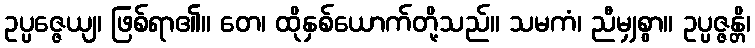
ဥပ္ပဇ္ဇေယျ၊ ဖြစ်ရာ၏။ တေ၊ ထိုနှစ်ယောက်တို့သည်။ သမကံ၊ ညီမျှစွာ။ ဥပ္ပဇ္ဇန္တိ၊